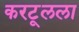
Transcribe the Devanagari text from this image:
करटूलला